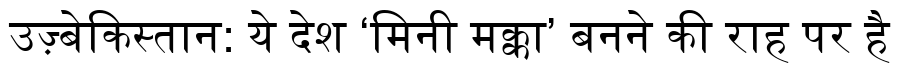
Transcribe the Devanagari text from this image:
उज़्बेकिस्तान: ये देश ‘मिनी मक्का’ बनने की राह पर है